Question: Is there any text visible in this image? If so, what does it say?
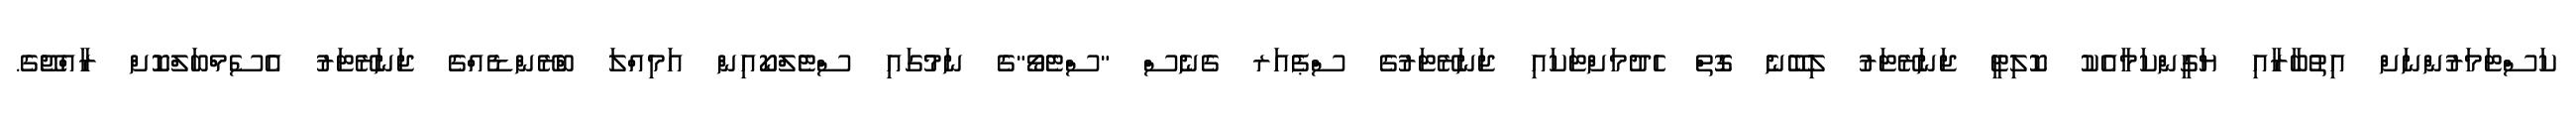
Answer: ކަސްޓަމަރުންނަށް އިތުބާރާއި ޔަގީންކަމާއެކު ކޮލިޓީ ޖަނަރޭޓަރު ލިބޭނެ ގޮތް ހެދުމަށްޓަކައި ޖަނަރޭޓަރުގެ ސްޕެއަރ ގެނެސް "ސްޓެވޯ"ގެ ނަމުގައި ސްޓެލްކޯއިން އަމިއްލަ ބްރޭންޑެއްގެ ޖަނަރޭޓަރު އެސެމްބަލްކޮށް ރާއްޖޭގެ.